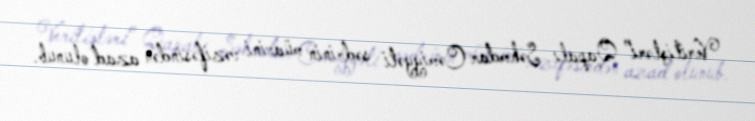
Verilişləri” Qapalı Səhmdar Cəmiyyəti sədrinin müavini vəzifəsindən azad olunub.